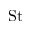
\mathrm { S t }